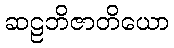
ဆဠဘိဇာတိယော